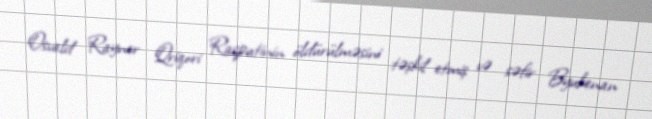
Osvald Rayner Qriqori Rasputinin öldürülməsini təşkil etmiş və səfir Byukenan